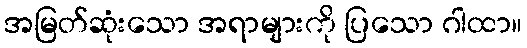
အမြတ်ဆုံးသော အရာများကို ပြသော ဂါထာ။